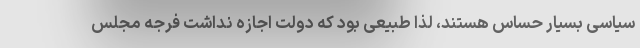
سیاسی بسیار حساس هستند، لذا طبیعی بود که دولت اجازه نداشت فرجه مجلس